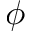
\phi